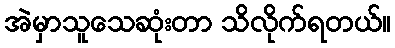
အဲမှာသူသေဆုံးတာ သိလိုက်ရတယ်။